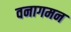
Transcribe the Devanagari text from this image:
वनागमन